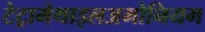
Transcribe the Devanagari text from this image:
टेट्रामेथाइलअमोनियम